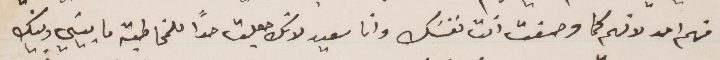
منهم احد كما وصفت انت نفسك وانا سعيد لانك جعلت حدًا للمخاطبة ما بيني وبينك